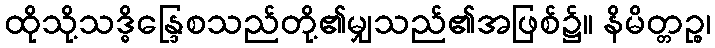
ထိုသို့သဒ္ဓိန္ဒြေစသည်တို့၏မျှသည်၏အဖြစ်၌။ နိမိတ္တဉ္စ၊